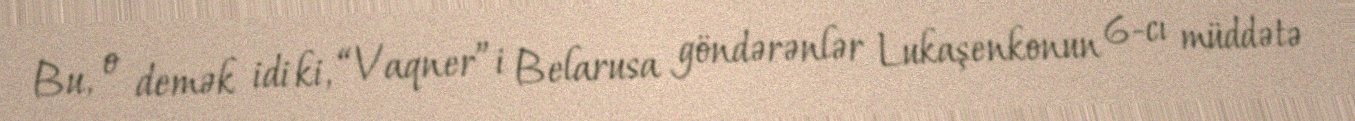
Bu, o demək idi ki, “Vaqner”i Belarusa göndərənlər Lukaşenkonun 6-cı müddətə